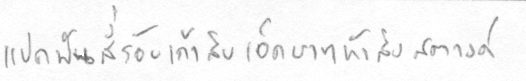
แปดพันสี่ร้อยเก้าสิบเอ็ดบาทห้าสิบสตางค์